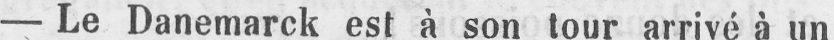
- Le Danemarck est à son tour arrivé à un